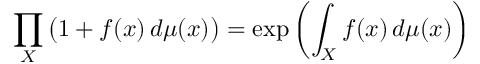
\prod _ { X } { \big ( } 1 + f ( x ) \, d \mu ( x ) { \big ) } = \exp \left( \int _ { X } f ( x ) \, d \mu ( x ) \right)